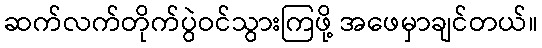
ဆက်လက်တိုက်ပွဲဝင်သွားကြဖို့ အဖေမှာချင်တယ်။